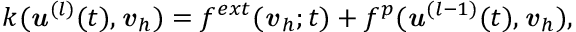
k ( { \boldsymbol { \mathbf { \mathit { u } } } } ^ { ( l ) } ( t ) , { \boldsymbol { \mathbf { \mathit { v } } } } _ { h } ) = f ^ { e x t } ( { \boldsymbol { \mathbf { \mathit { v } } } } _ { h } ; t ) + f ^ { p } ( { \boldsymbol { \mathbf { \mathit { u } } } } ^ { ( l - 1 ) } ( t ) , { \boldsymbol { \mathbf { \mathit { v } } } } _ { h } ) ,